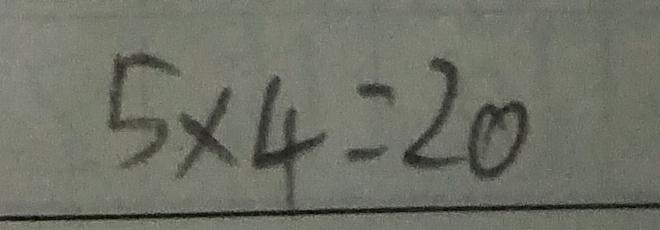
5 \times 4 = 2 0